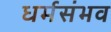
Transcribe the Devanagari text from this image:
धर्मसंभव